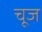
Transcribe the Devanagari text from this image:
चूज